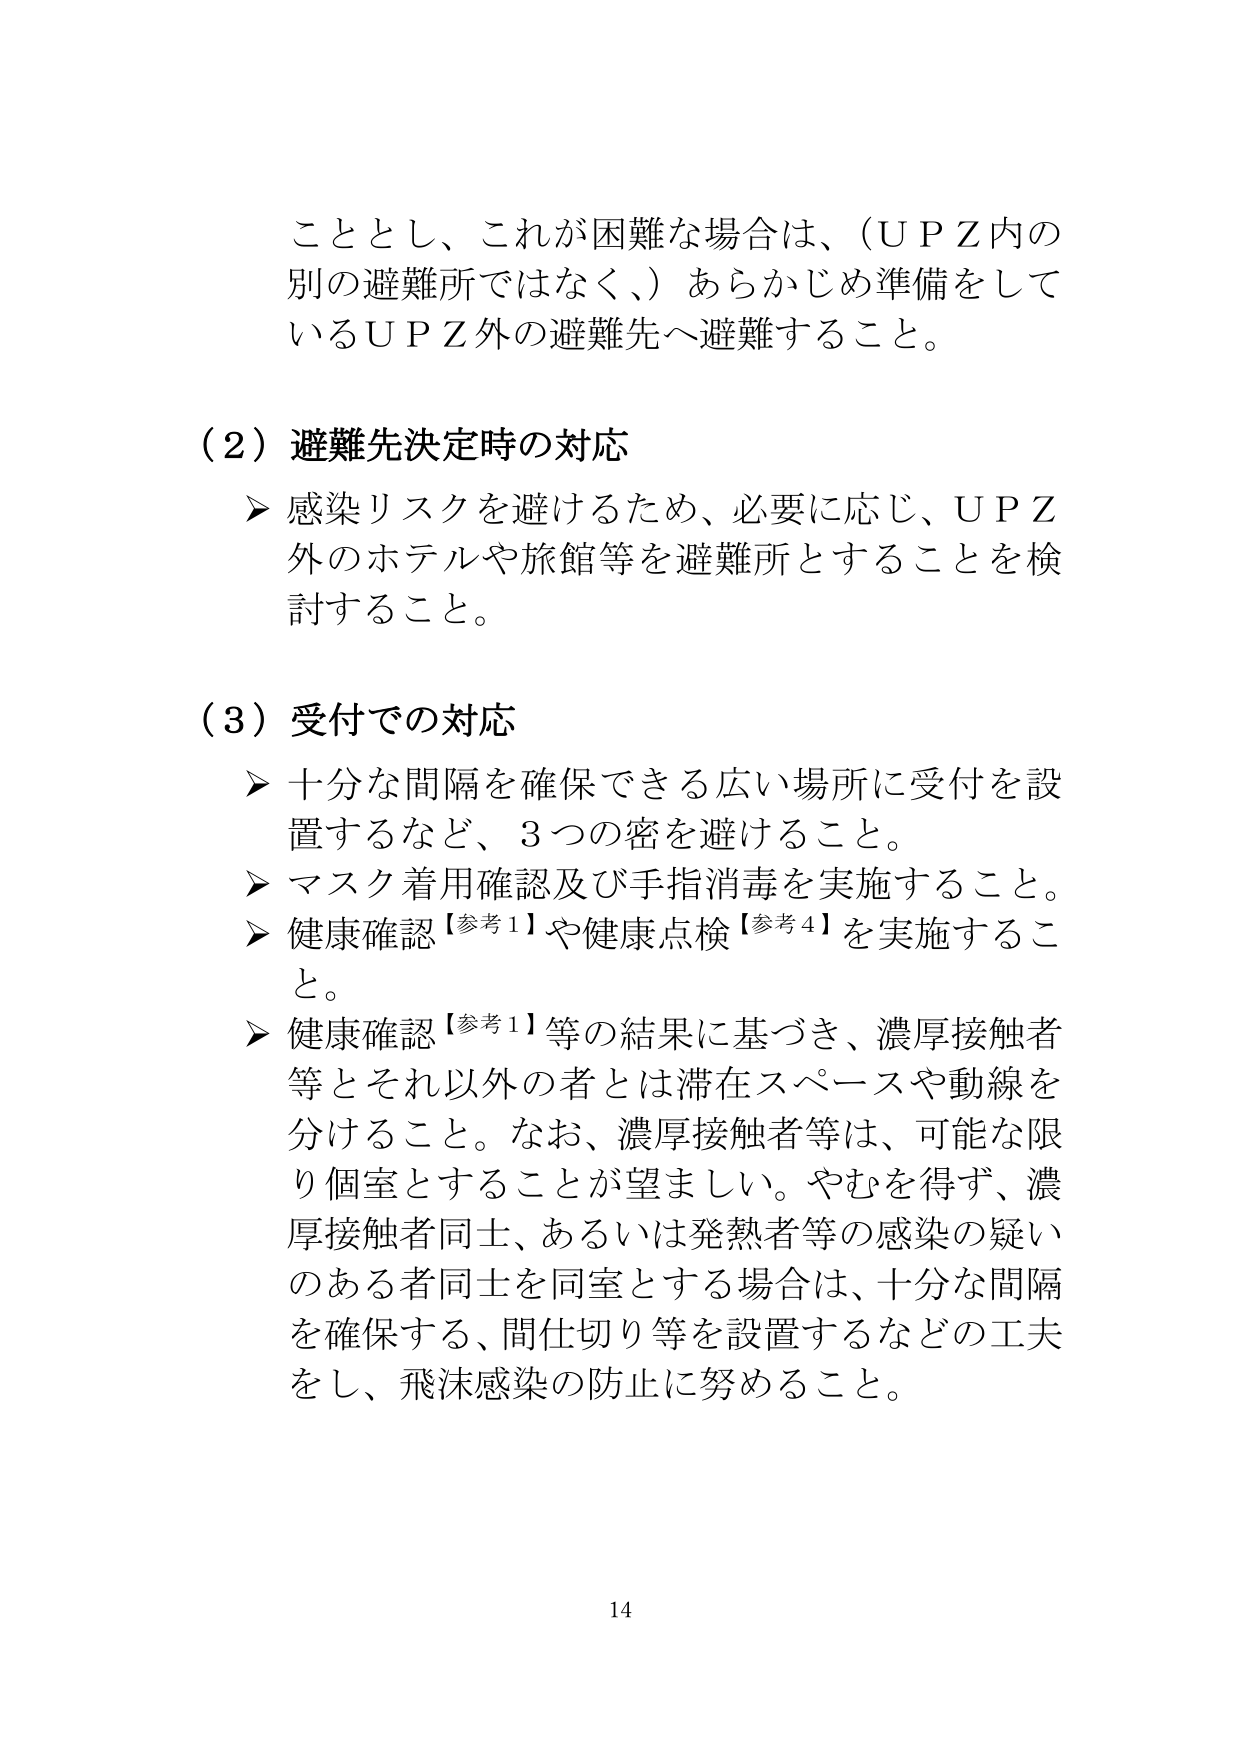
こととし、これが困難な場合は、（ＵＰＺ内の別の避難所ではなく、）あらかじめ準備をしているＵＰＺ外の避難先へ避難すること。

（２）避難先決定時の対応
➤ 感染リスクを避けるため、必要に応じ、ＵＰＺ外のホテルや旅館等を避難所とすることを検討すること。

（３）受付での対応
➤ 十分な間隔を確保できる広い場所に受付を設置するなど、３つの密を避けること。
➤ マスク着用確認及び手指消毒を実施すること。
➤ 健康確認【参考１】や健康点検【参考４】を実施すること。
➤ 健康確認【参考１】等の結果に基づき、濃厚接触者等とそれ以外の者とは滞在スペースや動線を分けること。なお、濃厚接触者等は、可能な限り個室とすることが望ましい。やむを得ず、濃厚接触者同士、あるいは発熱者等の感染の疑いのある者同士を同室とする場合は、十分な間隔を確保する、間仕切り等を設置するなどの工夫をし、飛沫感染の防止に努めること。

14